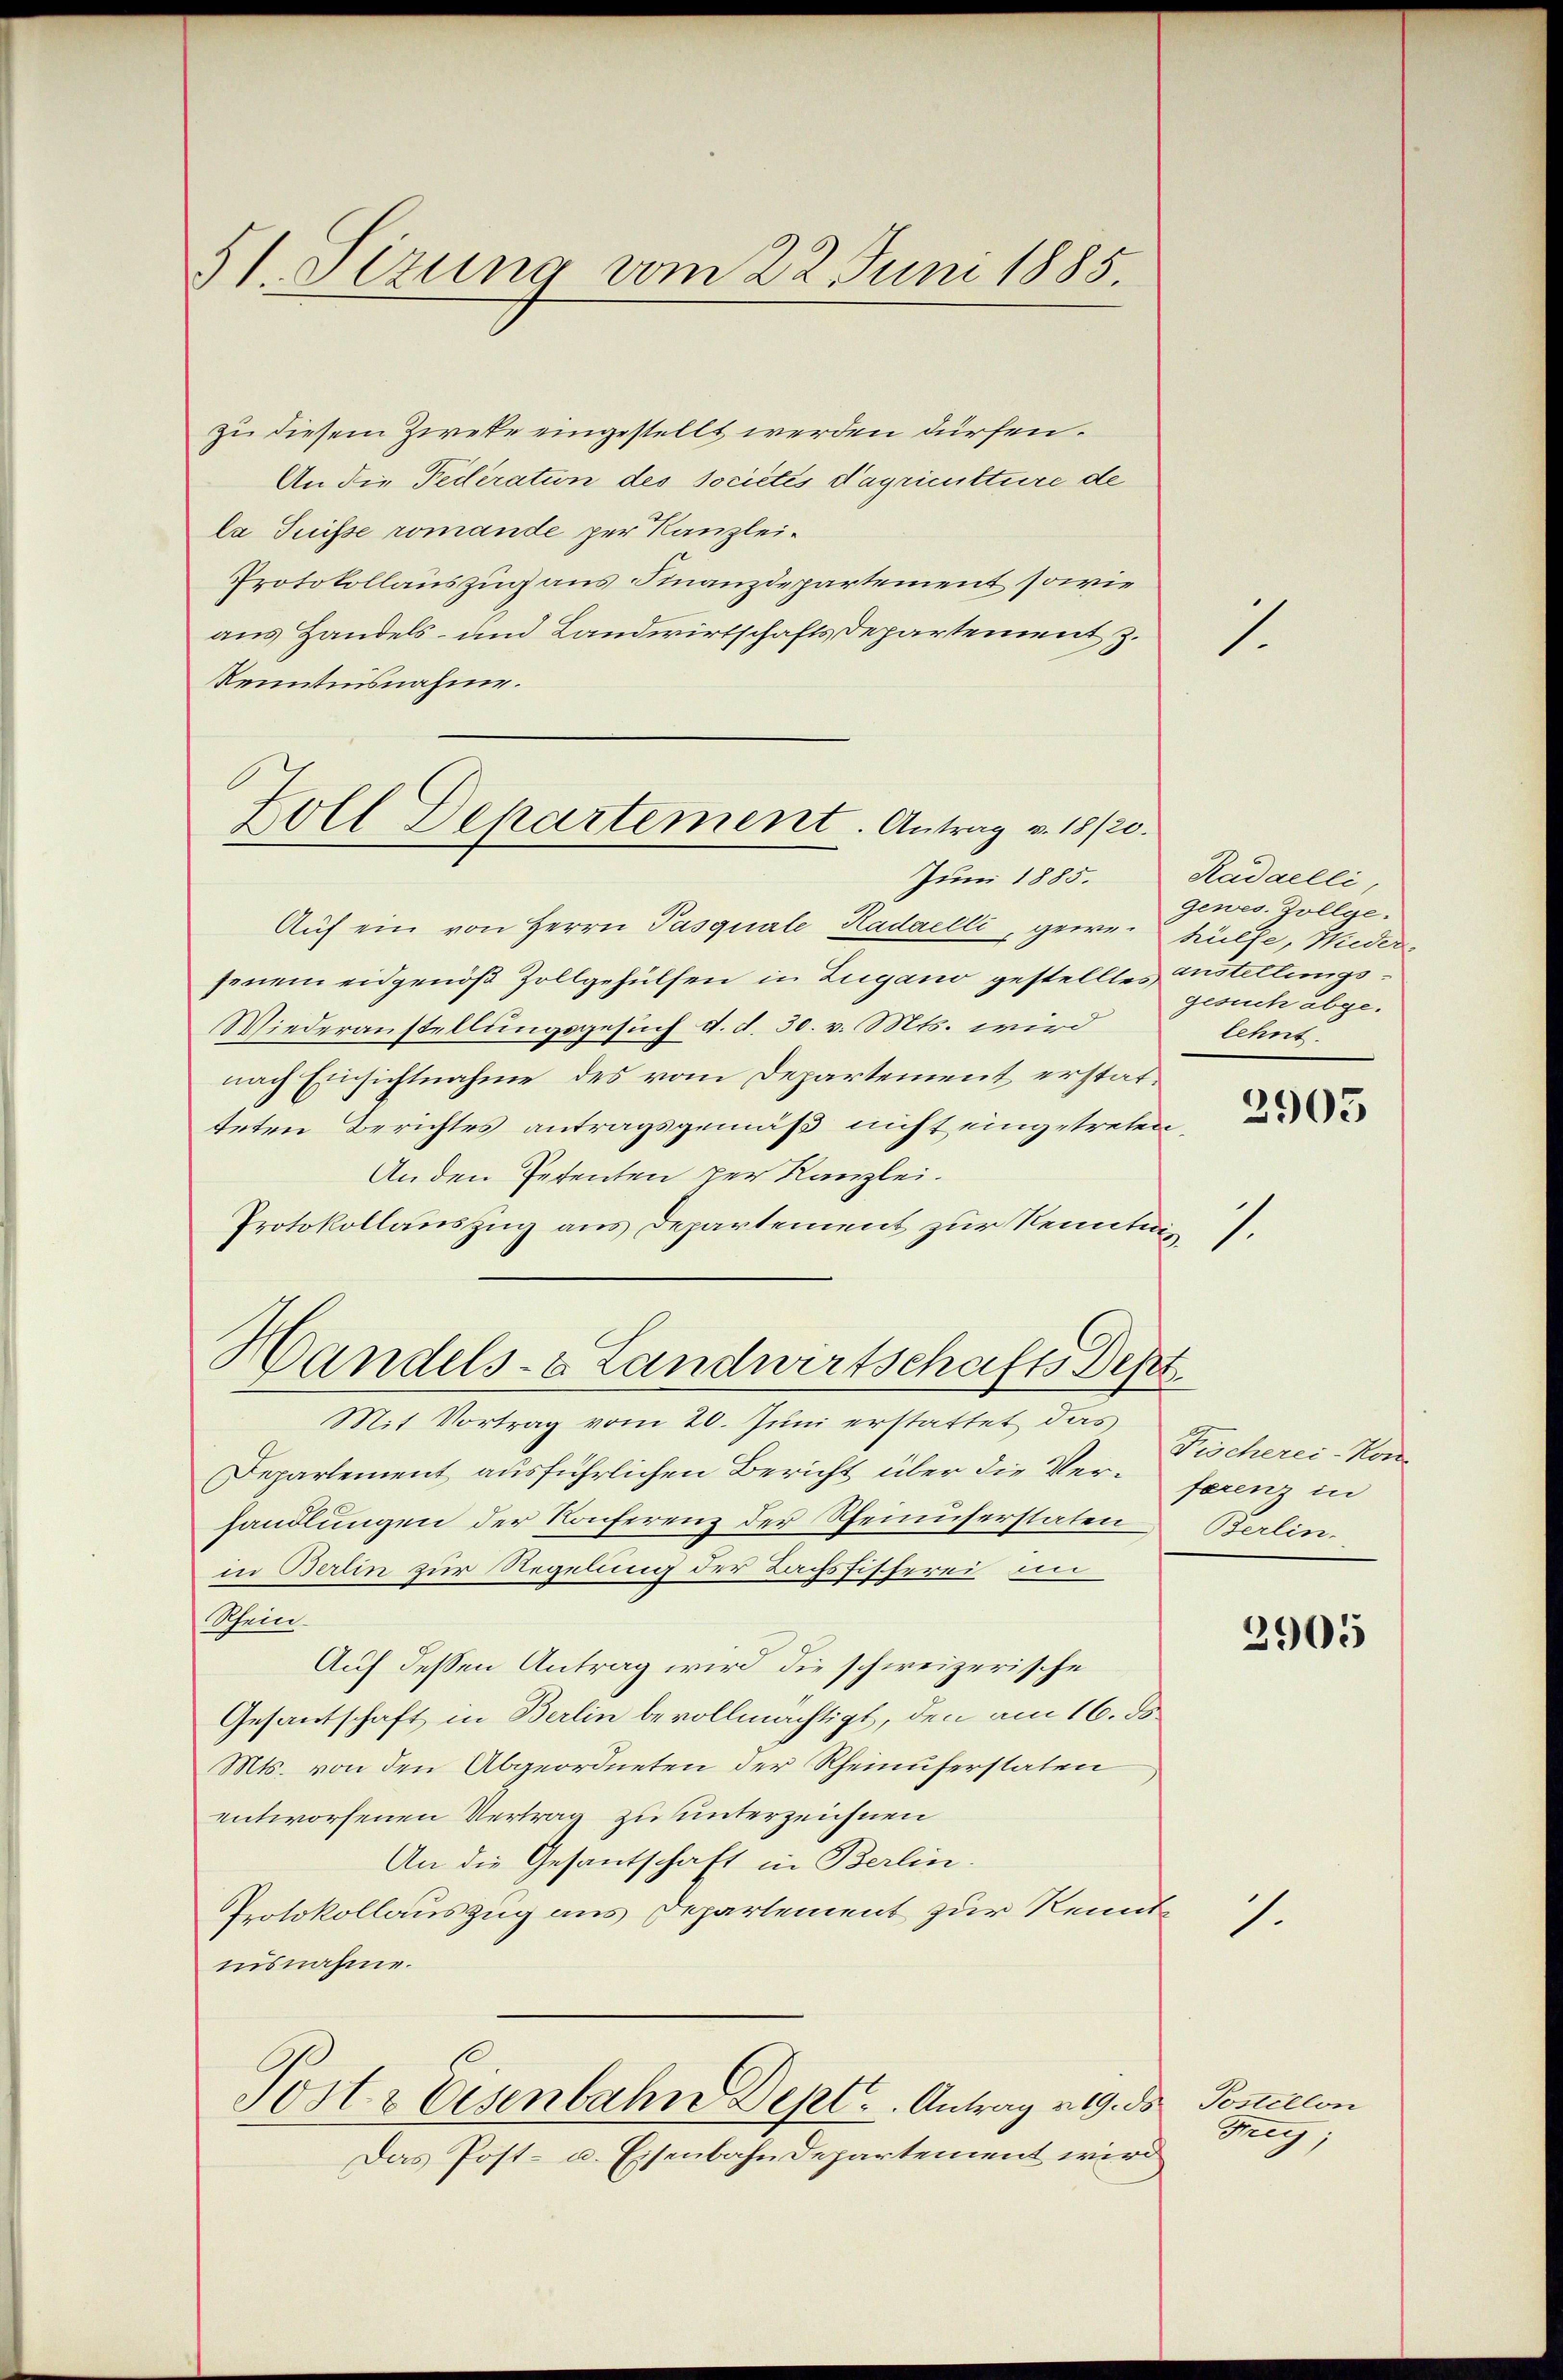
51. Sizung vom 22. Juni 1885.

zu diesem Zweke eingestellt werden dürfen.
An die Federation des societes dagriculture de
la Suisse romande per Kanzlei-
Protokollauszug aus Finanzdepartement sowie
aus Handels- und Landwirtschaftsdepartement z.
Kenntnisnahme.
Juni 1885.
Auf ein von Herrn Pasquale Kadaelli, geweihülfe, Wiederjenem eidgenöß Zollgehülfen in Zugano gestelltes austellungs¬
Wiederanstellungsgesuch d. d. 30. v. Mts. wird
nach Einsichtnahme des vom Departement erstatteten Berichtes antragsgemäß nicht eingetreten
Anden Petenten per Kanzlei.
Protokollauszug aus Departement zur Kenntnis
Handels- & Landwirtschafts Best
Mit Vortrag vom 20. Juni erstattet das
Departement ausführlichen Bericht über die Verhandlungen der Konferenz der Rheinuferstaten
in Berlin zur Regelung der Lachsfischerei, im
Wein.
Auf dessen Antrag wird die schweizerische
Gesantschaft in Berlin bevollmächtigt, den am 16. ds.
Mts. von den Abgeordneten der Rheinuferstaten
entworfenen Vertrag zu unterzeichnen
An die Gesantschaft in Berlin.
Protokollauszug aus Departement zur Kenntmisnahme.
Torte Eisenbahn Dept. Antrag 219. ds Postition
Das Post- u. Eisenbahndepartement wird

Zoll Dekartement. Antrag v. 18/20.

1

Kadaelli
gewes. Zollge-
gesuch abgelehnt.

2905

1

Fischerei-Kon
ferenz in
Berlin.

2905

1.

Mey;